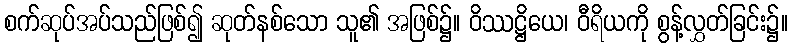
စက်ဆုပ်အပ်သည်ဖြစ်၍ ဆုတ်နစ်သော သူ၏ အဖြစ်၌။ ဝိဿဋ္ဌိယေ၊ ဝီရိယကို စွန့်လွှတ်ခြင်း၌။